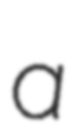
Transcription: a